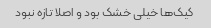
کیک‌ها خیلی خشک بود و اصلا تازه نبود